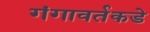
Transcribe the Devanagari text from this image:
गंगावर्तकडे